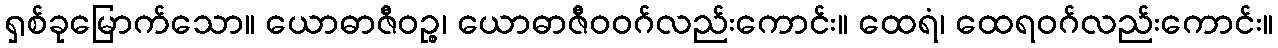
ရှစ်ခုမြောက်သော။ ယောဓာဇီဝဉ္စ၊ ယောဓာဇီဝဝဂ်လည်းကောင်း။ ထေရံ၊ ထေရဝဂ်လည်းကောင်း။